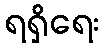
ရရှိရေး